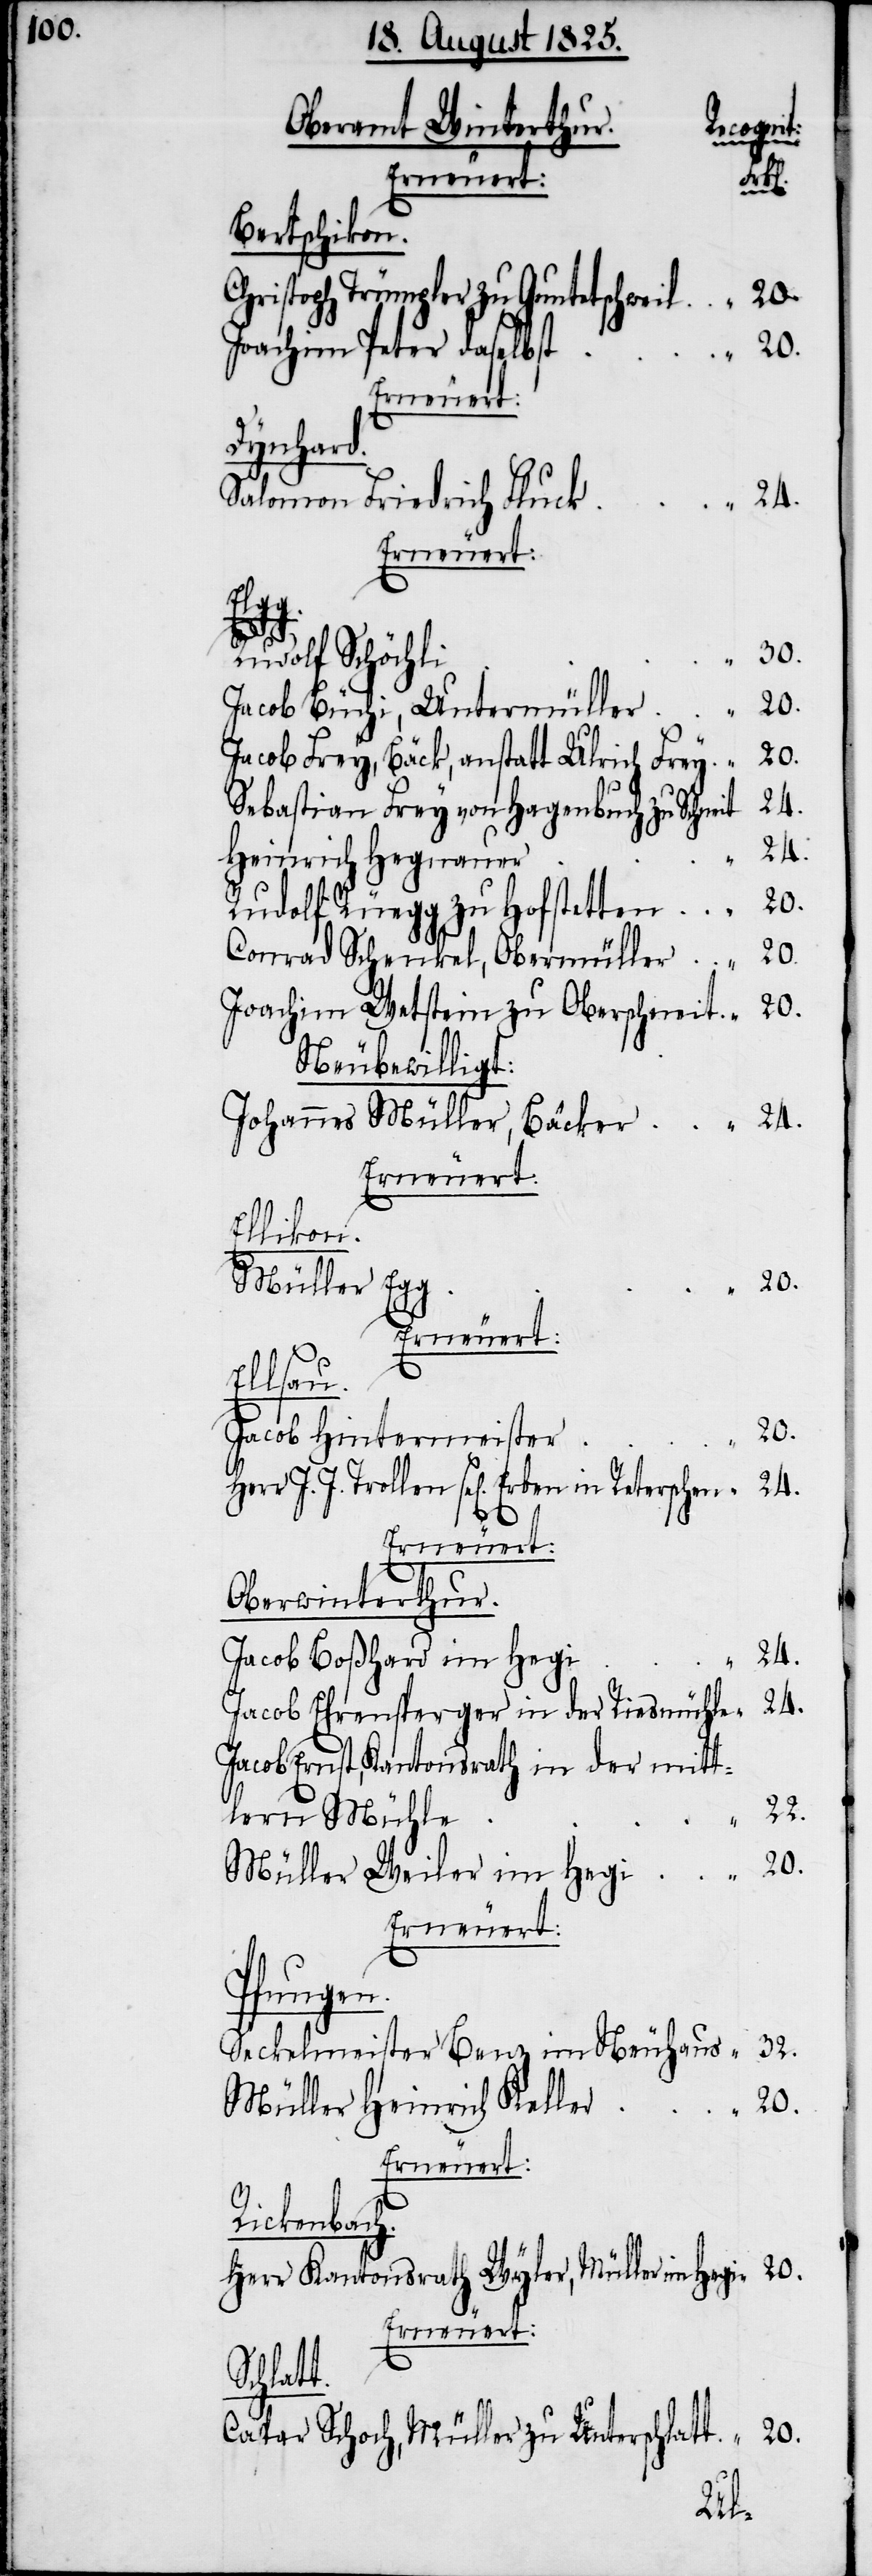
Oberamt Winterthu¬
lern
Bertschikon.
Christoph Trümpler zu Guntelschweil	“	20.
Joachim Peter daselbs¬
Dynhard.
Salomon Friedrich Fluc¬
i	“	24.
t.
Rudolf Schöchl¬
Jacob Büchi, Untermülle¬
Jacob Frey, Bäck, anstatt Ulrich Fre¬
Sebastian Frey von Hagenbuch zu Schnei¬
Heinrich Hegnaue¬
Rudolf Rüegg zu Hofstetten	“	20.
Conrad Schenkel, Obermüller	“	20.
Joachim Wetstein zu Oberschneit	“	20.
Neu bewilligt:
Johannes Müller, Bäcker	“	24.
Erneuert:
Ellikon.
Müller Eg¬
Ellsau.
Jacob Hintermeiste¬
Herr J. J. Trollen sel[igen] Erben in
Oberwinterthur.
Jacob Boßhard im Heg¬
Jacob Ehrensperger in der Riesmühle	“	24.
Jacob Ernst, Kantonsrath in der mitt¬
Müller Weiler im Hegi	“	20.
Erneuert:
Pfungen.
Seckelmeister Benz im Neuhaus	“	32.
Müller Heinrich Kelle¬
r	“	20.
Erneuert:
Rickenbach.
Herr Kantonsrath Wyler, Müller im Hegi	“	20.
Erneuert:
Schlat¬
Caspar Schoch, Müller zu Unterschlatt	“	20.